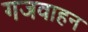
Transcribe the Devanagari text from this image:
गजवाहन